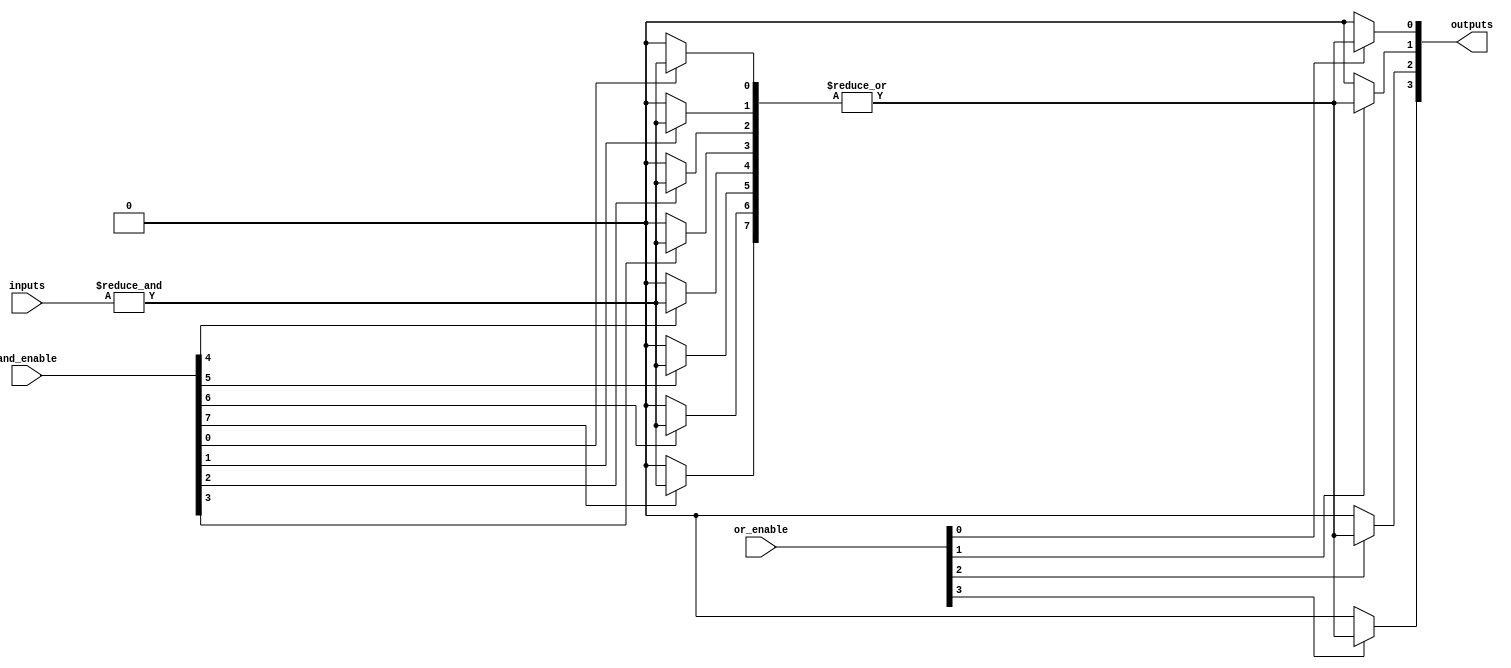
module SuperPAL #(
    parameter N = 8, // Number of inputs
    parameter M = 4, // Number of outputs
    parameter P = 16 // Number of product terms (AND gates)
)(
    input  [N-1:0]  inputs,           // Inputs to the SPAL
    input  [P-1:0]  and_enable,        // Control signals to enable AND terms
    input  [M-1:0]  or_enable,         // Control signals to enable OR outputs
    output [M-1:0]  outputs            // Outputs from the SPAL
);

// Internal wires for AND outputs
wire [P-1:0] and_outputs;

// AND array: programmable AND gates
genvar i, j;
generate
    for (i = 0; i < P; i = i + 1) begin: and_array
        wire [N-1:0] and_input;
        assign and_input = (i < N) ? inputs : 0; // Direct connection for inputs

        // Each AND gate can be enabled or disabled
        assign and_outputs[i] = and_enable[i] ? &and_input : 1'b0; // AND gate operation
    end
endgenerate

// OR array: programmable OR gates
generate
    for (j = 0; j < M; j = j + 1) begin: or_array
        wire [P-1:0] or_input;

        // Connect AND outputs to OR inputs based on enable signals
        assign or_input = and_outputs; // All AND outputs are fed to the OR gates
        assign outputs[j] = or_enable[j] ? |or_input : 1'b0; // OR gate operation
    end
endgenerate

endmodule